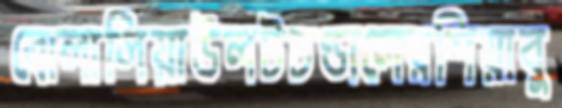
বোলালিয়াউলটচণ্ডালেরশিয়াবু